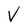
Character: V